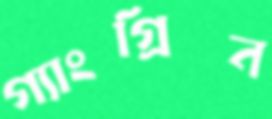
গ্যাংগ্রিন